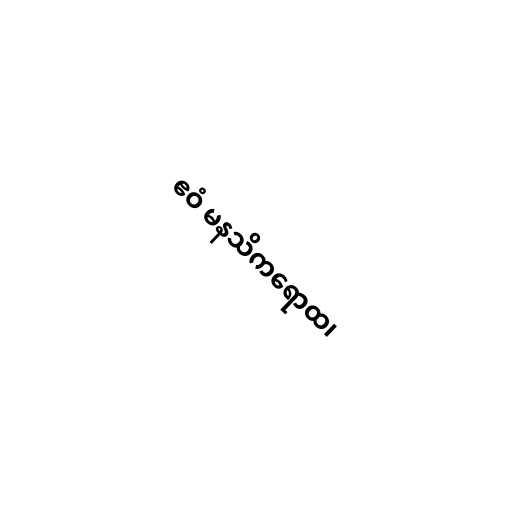
ဧဝံ မနသိကရောထ၊